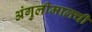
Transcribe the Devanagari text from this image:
अंगुलीमालची